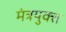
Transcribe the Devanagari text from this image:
मंत्रयुक्त